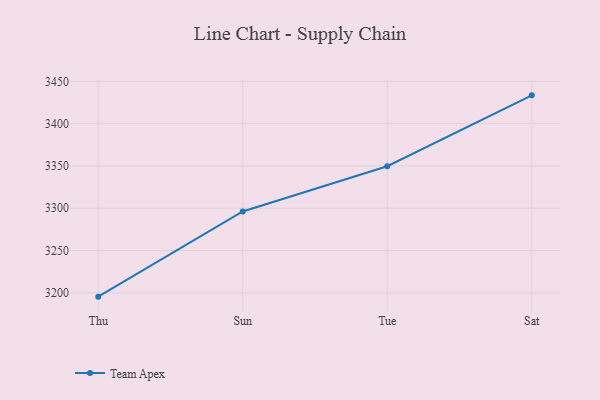
{"axis": {"x": "Day", "y": "Satisfaction Score"}, "legend": ["Team Apex"], "data": [{"x": "Thu", "y": 3195.6, "type": "Team Apex"}, {"x": "Sun", "y": 3296.2, "type": "Team Apex"}, {"x": "Tue", "y": 3349.7, "type": "Team Apex"}, {"x": "Sat", "y": 3433.4, "type": "Team Apex"}]}